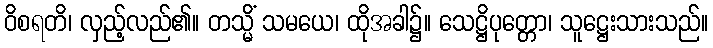
ဝိစရတိ၊ လှည့်လည်၏။ တသ္မိံ သမယေ၊ ထိုအခါ၌။ သေဋ္ဌိပုတ္တော၊ သူဋ္ဌေးသားသည်။